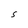
Character: S